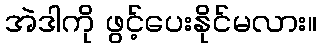
အဲဒါကို ဖွင့်ပေးနိုင်မလား။